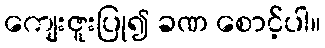
ကျေးဇူးပြု၍ ခဏ စောင့်ပါ။